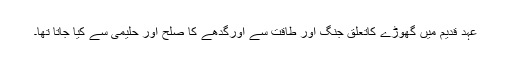
عہدِ قدیم میں گھوڑے کاتعلق جنگ اور طاقت سے اورگدھے کا صلح اور حلیمی سے کیا جاتا تھا۔